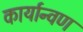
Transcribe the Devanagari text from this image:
कार्यान्वण